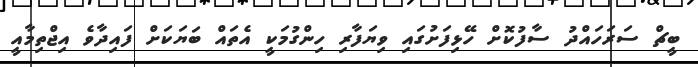
ބީޗް ސަރަހައްދު ސާފުކޮށް ހޭޅިފަށުގައި ވިޔަފާރި ހިންގުމަކީ އެތައް ބަޔަކަށް ފައިދާވެ އިޖްތިމާއީ